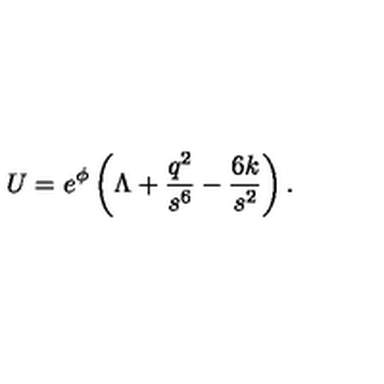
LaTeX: U = e ^ { \phi } \left( \Lambda + \frac { q ^ { 2 } } { s ^ { 6 } } - \frac { 6 k } { s ^ { 2 } } \right) .